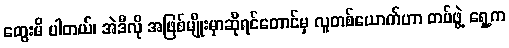
တွေးမိ ပါတယ်၊ အဲဒီလို အဖြစ်မျိုးမှာဆိုရင်တောင်မှ လူတစ်ယောက်ဟာ တပ်ဖွဲ့ ရှေ့က